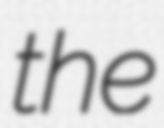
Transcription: the